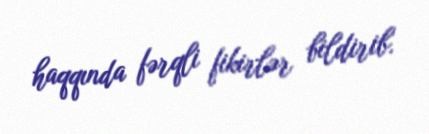
haqqında fərqli fikirlər bildirib.